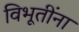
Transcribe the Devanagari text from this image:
विभूतींना